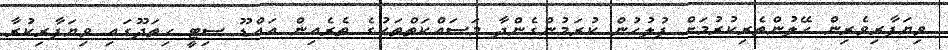
ވިޔަފާރިވެރިން ހޭލުންތެރިކުރުމަށް ފުލުހުން ކުރަމުންގެންދާ މަސައްކަތްތަކުގެ ތެރެއިން އައްޑޫ ސިޓީ ހިތަދޫގައި ވިޔަފާރިކުރާ